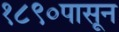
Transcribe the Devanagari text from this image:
१८९०पासून